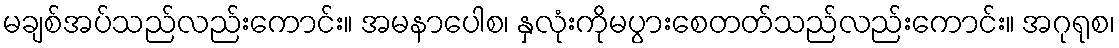
မချစ်အပ်သည်လည်းကောင်း။ အမနာပေါစ၊ နှလုံးကိုမပွားစေတတ်သည်လည်းကောင်း။ အဂုရုစ၊